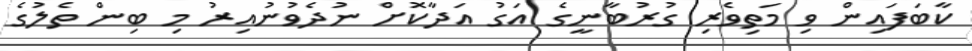
ކާބަފައިން ވި މަތިވެރި ގުރުބާނީގެ އަގު އަދާކޮށް ނުދެވުނުއިރު މި ބިން ތެލުގެ